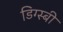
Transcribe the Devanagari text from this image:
डिग्स्बी